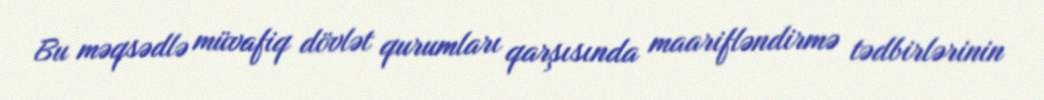
Bu məqsədlə müvafiq dövlət qurumları qarşısında maarifləndirmə tədbirlərinin